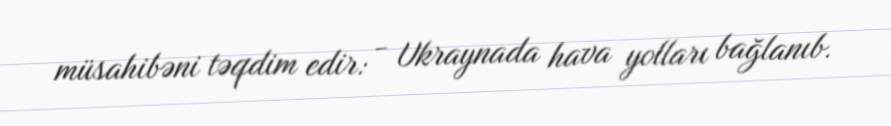
müsahibəni təqdim edir: - Ukraynada hava yolları bağlanıb.